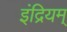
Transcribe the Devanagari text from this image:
इंद्रियम्